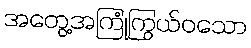
အတွေ့အကြုံကြွယ်ဝသော